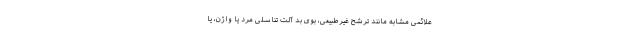
علائمی مشابه مانند ترشح غیرطبیعی، بوی بد آلت تناسلی مرد یا واژن، یا